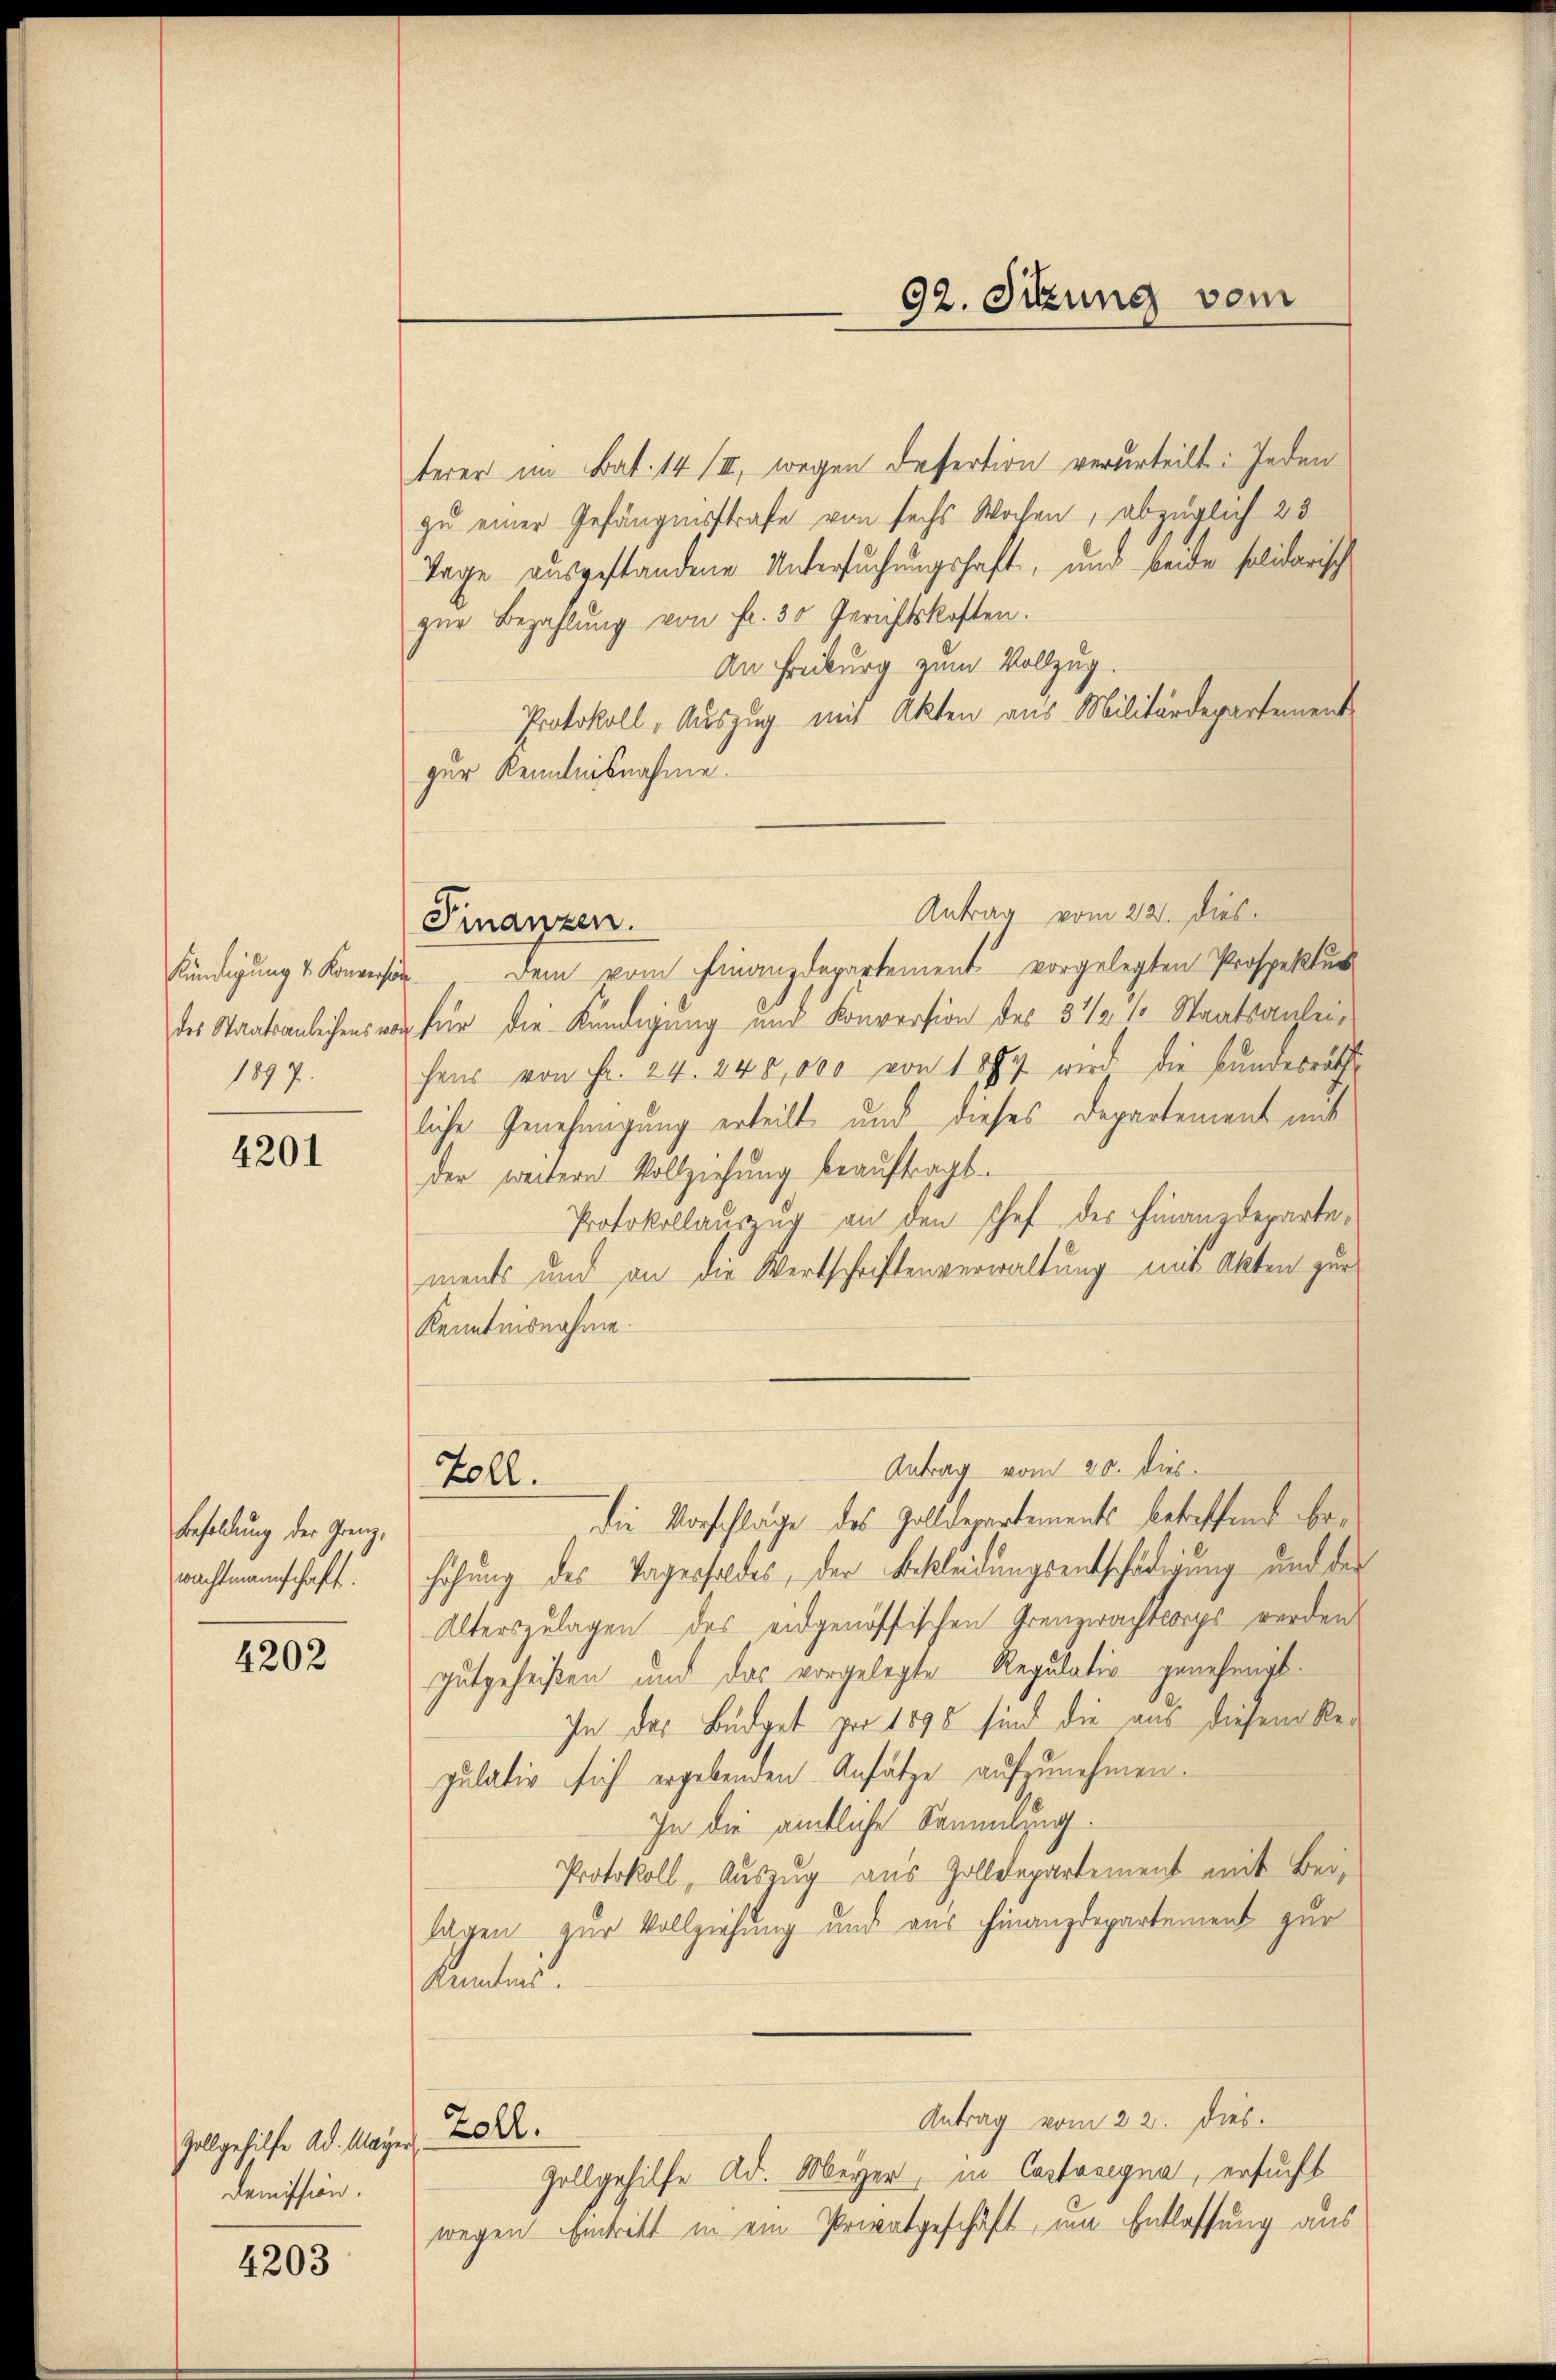
Kündigung v. Konverstän
1897.

4201

Besoldung der Grenz,
wachtmannschaft.

4202

Zollgehilfe Ad. Mayer
dampfen.

4203

terer im Bat. 14 III, wegen Desertion verurteilt: Jeden
zu einer Gefängnisstrafe von sechs Wochen, abzüglich 23
Tage ausgestandene Untersuchungshaft, und beide solidarisch
zŭr Bezahlŭng von fr. 30 Gerichtskosten.
An Freiburg zum Vollzug.
Protokoll, Auszug mit Akten aus Militärdepartement
zur Kenntnisnahme.
Antrag vom 22. dies
dem vom Finanzdepartement vorgelegten Prospektus
des Staatsanleihens von für die Kündigung und Konversion des 3 1/2 10 Staatsanleihens von Fr. 24. 245,000 von 1887 wird die Bundesrath
liche Genehmigung erteilt und dieses Departement mit
der weitere Vollziehung beauftragt.
Protokollauszug an den schef des Finanzdeparte,
ments und an die Wertschriftenverwaltung mit Akten zur
Kenntnisnahme.
Antrag vom 20. dies
Zoll.
die Vorschläge des Zolldepartements betreffend behöhung des Tagenfeldes, der Bekleidungsentschädigung und der
Alterszulagen des eidgenössischen Grenzwachtcorps werden
gutgeheißen und das vorgelegte Regulativ genehmigt.
In des Büdget zur 1890 sind die aus diesem Repulativ sich ergebenden Ansätze aufzunehmen.
In die amtliche Sammling.
Protokoll, Auszug aus Zolldepartement mit Beilagen zur Vollziehung und aus Finanzdepartement zur
Kenntnis.
Antrag vom 22. Dies
Zoll.
Zollgehilfe Ad. Meyer, in Castasegna, ersucht
wegen Eintritt in ein Privatgeschäft, um Entlassung aus

Finanzen.

92. Sitzung vom